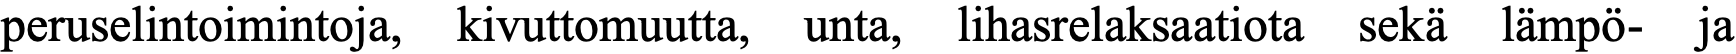
peruselintoimintoja, kivuttomuutta, unta, lihasrelaksaatiota sekä lämpö- ja